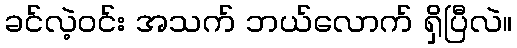
ခင်လဲ့ဝင်း အသက် ဘယ်လောက် ရှိပြီလဲ။